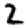
Digit: 2